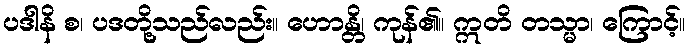
ပဒါနိ စ၊ ပဒတို့သည်လည်း။ ဟောန္တိ၊ ကုန်၏။ ဣတိ တသ္မာ၊ ကြောင့်။